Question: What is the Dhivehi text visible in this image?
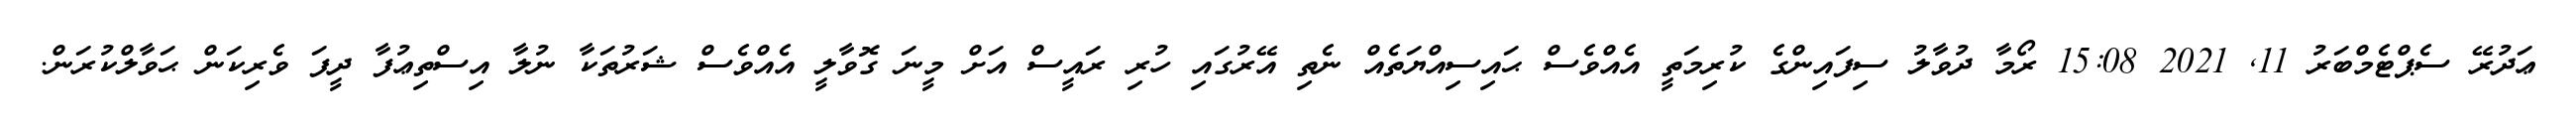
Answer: ޢަދުރޭ ސެޕްޓެމްބަރު 11, 2021 15:08 ރޯމާ ދުވާލު ސިފައިންގެ ކުރިމަތީ އެއްވެސް ޙައިސިއްޔަތެއް ނެތި އޭރުގައި ހުރި ރައީސް އަށް މީނަ ގޮވާލީ އެއްވެސް ޝަރުތަކާ ނުލާ އިސްތިޢުފާ ދީފަ ވެރިކަން ޙަވާލްކުރަން.